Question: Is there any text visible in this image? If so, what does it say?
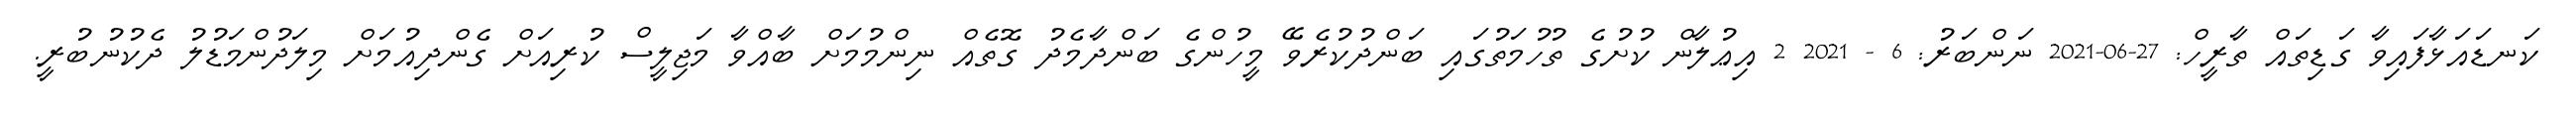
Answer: ކަނޑައަޅާފައިވާ ގަޑިތައް ތާރީހް: 27-06-2021 ނަންބަރު: 6 - 2021 2 އިޢުލާން ކުށުގެ ތުހުމަތުގައި ބަންދުކުރެވޭ މީހުންގެ ބަންދާމެދު ގޮތެއް ނިންމުމަށް ބާއްވާ މަޖިލީސް ކުރިއަށް ގެންދިއުމަށް މިލަދުންމަޑުލު ދެކުނުބުރީ.